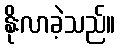
နိုးလာခဲ့သည်။